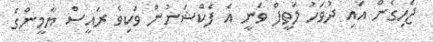
ޖެހިގެން އައި ދުވަހު ލަތީފް ވަނީ އެ ފެކްޝަނުން ވަކިވެ ރައީސް ޔާމީންގެ